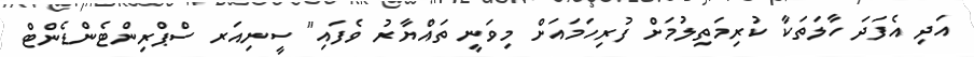
އަދި އެފަދަ ހާލަތަކާ ކުރިމަތިލުމަށް ފުރިހަމައަށް މިވަނީ ތައްޔާރު ވެފައި" ސީނިއަރ ސްޕްރިންޓެންޑެންޓް